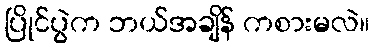
ပြိုင်ပွဲက ဘယ်အချိန် ကစားမလဲ။